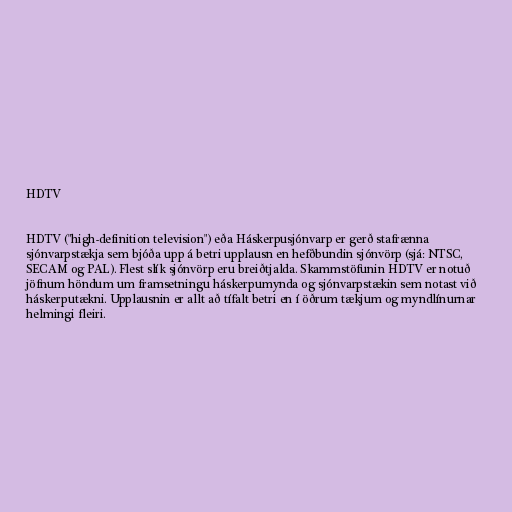
HDTV

HDTV ("high-definition television") eða Háskerpusjónvarp er gerð stafrænna
sjónvarpstækja sem bjóða upp á betri upplausn en hefðbundin sjónvörp (sjá: NTSC,
SECAM og PAL). Flest slík sjónvörp eru breiðtjalda. Skammstöfunin HDTV er notuð
jöfnum höndum um framsetningu háskerpumynda og sjónvarpstækin sem notast við
háskerputækni. Upplausnin er allt að tífalt betri en í öðrum tækjum og myndlínurnar
helmingi fleiri.